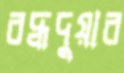
বদ্ধদুয়ার